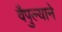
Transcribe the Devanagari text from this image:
वैपुल्याने